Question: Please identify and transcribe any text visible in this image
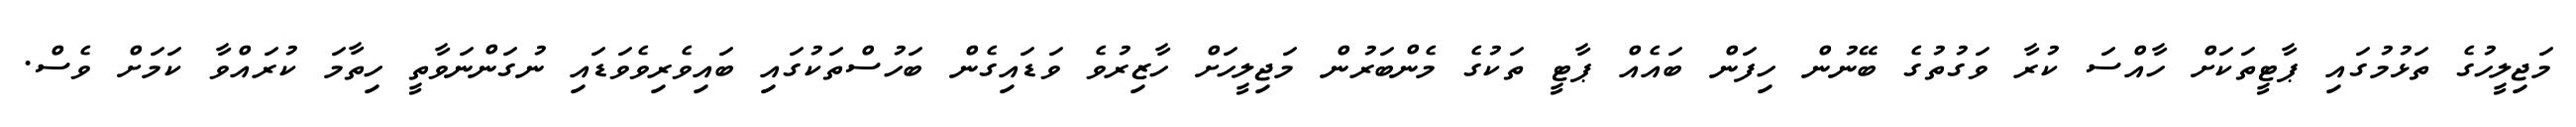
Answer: މަޖިލީހުގެ ތަޅުމުގައި ޕާޓީތަކަށް ހާއްސަ ކުރާ ވަގުތުގެ ބޭނުން ހިފަން ބައެއް ޕާޓީ ތަކުގެ މެންބަރުން މަޖިލީހަށް ހާޒިރުވެ ވަޑައިގެން ބަހުސްތަކުގައި ބައިވެރިވެވަޑައި ނުގަންނަވާތީ ހިތާމަ ކުރައްވާ ކަމަށް ވެސް.